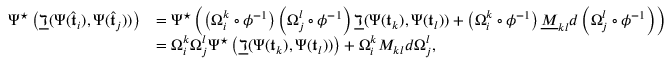
\begin{array} { r l } { \Psi ^ { \star } \left( \underline { \daleth } ( \Psi ( \hat { \mathfrak t } _ { i } ) , \Psi ( \hat { \mathfrak t } _ { j } ) ) \right) } & { = \Psi ^ { \star } \left( \left( \Omega _ { i } ^ { k } \circ \phi ^ { - 1 } \right) \left( \Omega _ { j } ^ { l } \circ \phi ^ { - 1 } \right) \underline { \daleth } ( \Psi ( \mathfrak t _ { k } ) , \Psi ( \mathfrak t _ { l } ) ) + \left( \Omega _ { i } ^ { k } \circ \phi ^ { - 1 } \right) \underline { { M } } _ { k l } d \left( \Omega _ { j } ^ { l } \circ \phi ^ { - 1 } \right) \right) } \\ & { = \Omega _ { i } ^ { k } \Omega _ { j } ^ { l } \Psi ^ { \star } \left( \underline { \daleth } ( \Psi ( \mathfrak t _ { k } ) , \Psi ( \mathfrak t _ { l } ) ) \right) + \Omega _ { i } ^ { k } { M } _ { k l } d \Omega _ { j } ^ { l } , } \end{array}